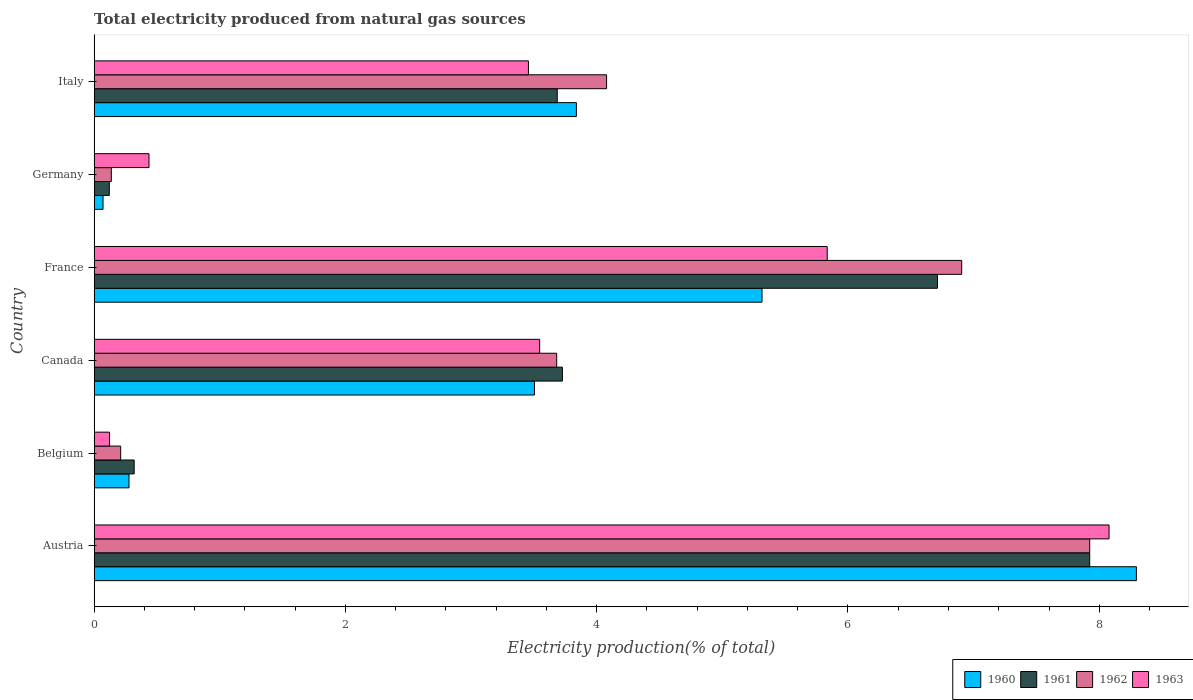
| Country | 1960 | 1961 | 1962 | 1963 |
 | --- | --- | --- | --- | --- |
 | Austria | 8.3 | 7.92 | 7.92 | 8.08 |
 | Belgium | 0.277 | 0.318 | 0.211 | 0.122 |
 | Canada | 3.5 | 3.73 | 3.68 | 3.55 |
 | France | 5.32 | 6.71 | 6.91 | 5.83 |
 | Germany | 0.0703 | 0.12 | 0.136 | 0.436 |
 | Italy | 3.84 | 3.69 | 4.08 | 3.46 |